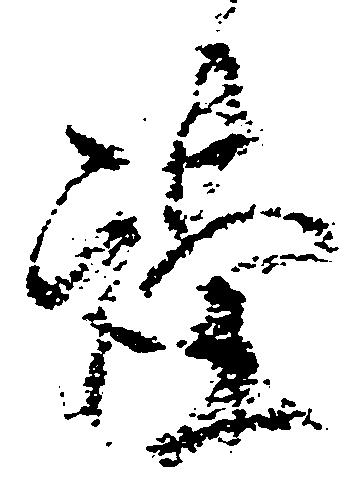
謹